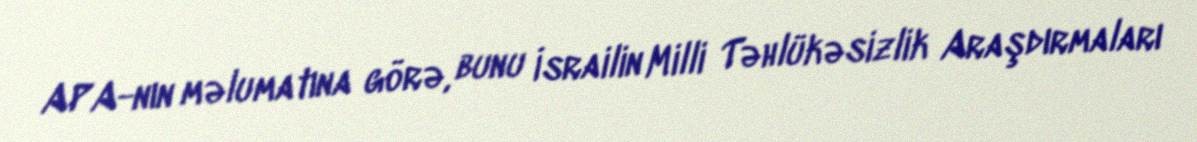
APA-nın məlumatına görə, bunu İsrailin Milli Təhlükəsizlik Araşdırmaları